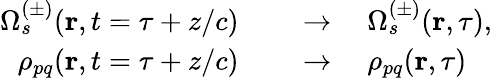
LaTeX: \begin{array}{rl}{\Omega_{s}^{(\pm)}(\textbf{r},t=\tau+z/c)\quad}&{{}\to\quad\Omega_{s}^{(\pm)}(\textbf{r},\tau),}\\ {\rho_{pq}(\textbf{r},t=\tau+z/c)\quad}&{{}\to\quad\rho_{pq}(\textbf{r},\tau)}\end{array}